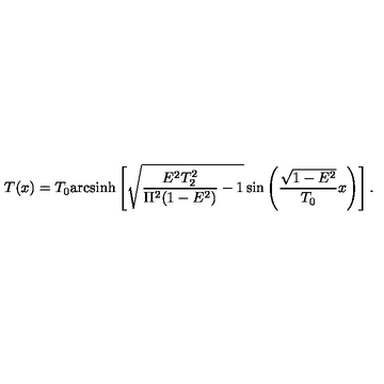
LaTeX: T ( x ) = T _ { 0 } \mathrm { a r c s i n h } \left[ \sqrt { \frac { E ^ { 2 } T _ { 2 } ^ { 2 } } { \Pi ^ { 2 } ( 1 - E ^ { 2 } ) } - 1 } \sin \left( \frac { \sqrt { 1 - E ^ { 2 } } } { T _ { 0 } } x \right) \right] .